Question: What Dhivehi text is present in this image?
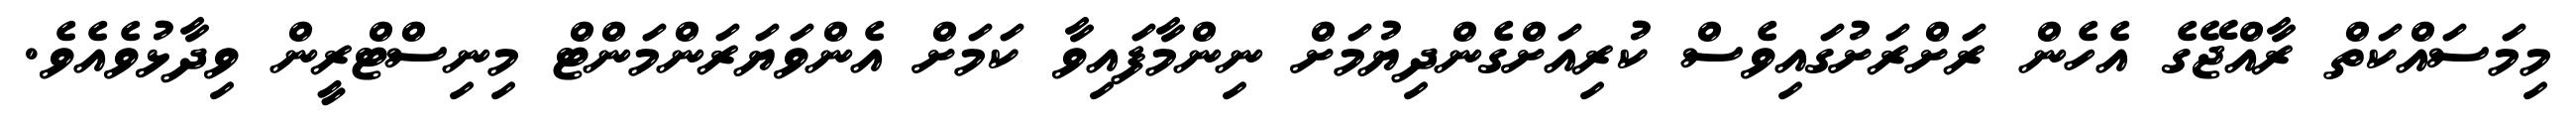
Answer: މިމަސައްކަތް ރާއްޖޭގެ އެހެން ރަށްރަށުގައިވެސް ކުރިއަށްގެންދިޔުމަށް ނިންމާފައިވާ ކަމަށް އެންވަޔަރަންމަންޓް މިނިސްޓްރީން ވިދާޅުވެއެވެ.